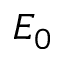
E _ { 0 }